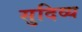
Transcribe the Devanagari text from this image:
सुदिव्य